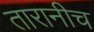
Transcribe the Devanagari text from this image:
तारानीच